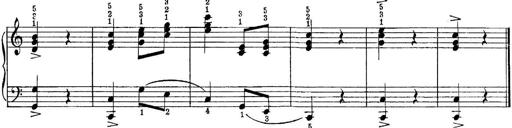
Title: Piano Sonatina No.1 in C major
Composer: Tadeusz Joteyko
Key: C major